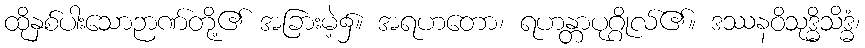
ထိုနှစ်ပါးသောဉာဏ်တို့၏ အခြားမဲ့၌။ အရဟတော၊ ရဟန္တာပုဂ္ဂိုလ်၏။ ဒဿနဝိသုဒ္ဓိသိဒ္ဓံ၊